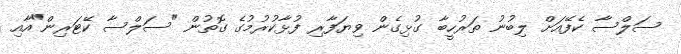
ސަލްސާ ކެފޭއަށް ލިބުނު ތަރުހީބާ ގުޅިގެން ވިޔަފާރި ފުޅާކުުރުމުގެ ގޮތުން "ސަލްސާ ކޭޓަރިން"އާއި